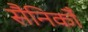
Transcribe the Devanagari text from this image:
सैनिकोँ